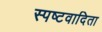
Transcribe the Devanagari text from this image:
स्‍पष्‍टवादिता